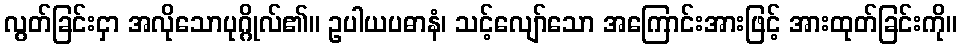
လွတ်ခြင်းငှာ အလိုသောပုဂ္ဂိုလ်၏။ ဥပါယပဓာနံ၊ သင့်လျော်သော အကြောင်းအားဖြင့် အားထုတ်ခြင်းကို။